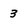
Character: 3